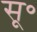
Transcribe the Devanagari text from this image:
सू॰